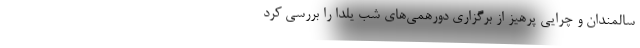
سالمندان و چرایی پرهیز از برگزاری دورهمی‌های شب یلدا را بررسی کرد